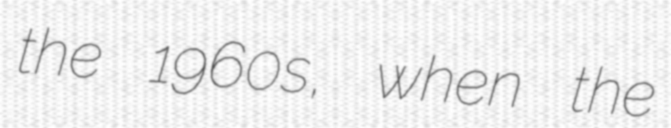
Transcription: the 1960s, when the